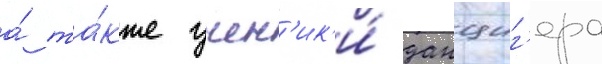
а́ та́кже учен'ик'и́ данциг'ера